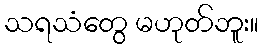
သရသံတွေ မဟုတ်ဘူး။